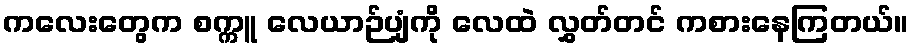
ကလေးတွေက စက္ကူ လေယာဉ်ပျံကို လေထဲ လွှတ်တင် ကစားနေကြတယ်။